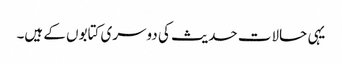
یہی حالات حدیث کی دوسری کتابوں کے ہیں۔